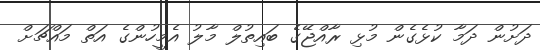
ދަށުން ދަމާ ކުޅެގެން މުޅި ރާއްޖޭގެ ބައިތުލް މާލު އެމީހުންގެ އަތް މައްޗަށް